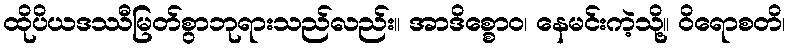
ထိုပိယဒဿီမြတ်စွာဘုရားသည်လည်း။ အာဒိစ္စောဝ၊ နေမင်းကဲ့သို့။ ဝိရောစတိ၊